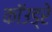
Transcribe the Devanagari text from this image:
कॉउड्रे